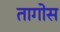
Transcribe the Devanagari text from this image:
तागोस